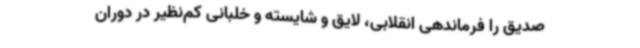
صدیق را فرماندهی انقلابی، لایق و شایسته و خلبانی کم‌نظیر در دوران